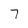
Character: 7